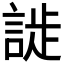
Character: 𬢮